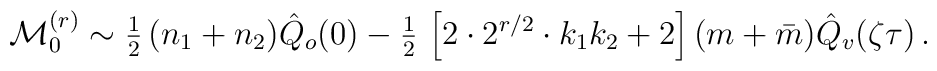
{\cal M}_0^{(r)} \sim {\textstyle{1\over 2}} \, (n_1 + n_2 ) \hat Q_o (0)- {\textstyle{1\over 2}} \, \left[ 2\cdot 2^{r/2}\cdot k_1 k_2 + 2 \right] (m+\bar m) \hat Q_v(\zeta\tau)   \,.